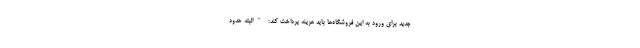
جدید برای ورود به این فروشگاه‌ها باید هزینه پرداخت کند: "البته حدود